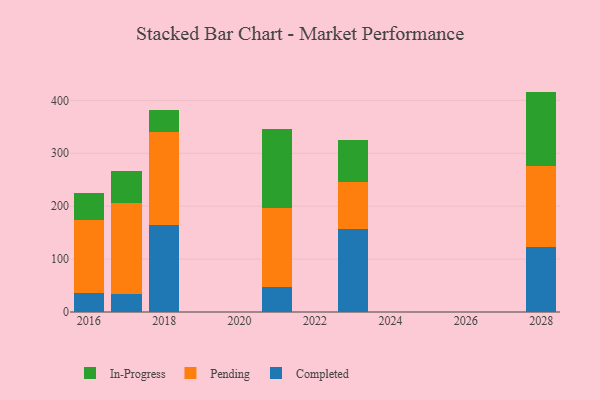
{"axis": {"x": "Year", "y": "Website Visitors"}, "legend": ["Completed", "In-Progress", "Pending"], "data": [{"x": "2023", "y": 156.0, "type": "Completed"}, {"x": "2023", "y": 88.8, "type": "Pending"}, {"x": "2023", "y": 80.8, "type": "In-Progress"}, {"x": "2021", "y": 47.1, "type": "Completed"}, {"x": "2021", "y": 148.9, "type": "Pending"}, {"x": "2021", "y": 149.9, "type": "In-Progress"}, {"x": "2028", "y": 123.6, "type": "Completed"}, {"x": "2028", "y": 151.9, "type": "Pending"}, {"x": "2028", "y": 141.1, "type": "In-Progress"}, {"x": "2017", "y": 33.6, "type": "Completed"}, {"x": "2017", "y": 171.6, "type": "Pending"}, {"x": "2017", "y": 60.4, "type": "In-Progress"}, {"x": "2016", "y": 36.0, "type": "Completed"}, {"x": "2016", "y": 138.2, "type": "Pending"}, {"x": "2016", "y": 51.4, "type": "In-Progress"}, {"x": "2018", "y": 164.3, "type": "Completed"}, {"x": "2018", "y": 175.1, "type": "Pending"}, {"x": "2018", "y": 42.1, "type": "In-Progress"}]}